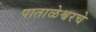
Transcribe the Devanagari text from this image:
पाताळेश्वरचे